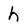
Character: h